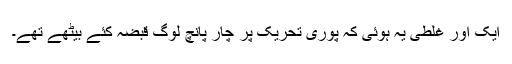
ایک اور غلطی یہ ہوئی کہ پوری تحریک پر چار پانچ لوگ قبضہ کئے بیٹھے تھے۔